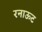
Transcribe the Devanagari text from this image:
रनाऊट